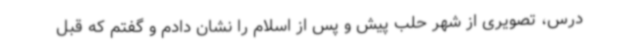
درس، تصویری از شهر حلب پیش و پس از اسلام را نشان دادم و گفتم که قبل